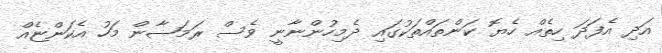
އަދި އެފަދަ ހިތެއް ހެޔޮ ކަންތައްތަކުގައި ދެމިހުންނާނީ ވެސް ރަމަޟާން މަހު އެކަންޏެއް